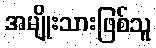
အမျိုးသားဖြစ်သူ